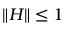
\| H \| \leq 1